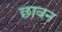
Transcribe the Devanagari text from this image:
छावन